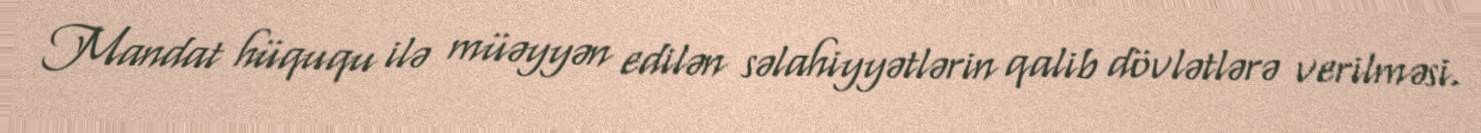
Mandat hüququ ilə müəyyən edilən səlahiyyətlərin qalib dövlətlərə verilməsi.